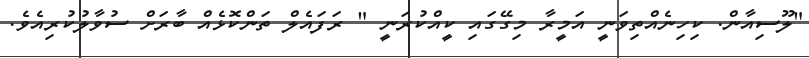
"ލޫސިއާން. ކިހިނެއްތިވަނީ އަމީރާ މިގޭގައި ކީއްކުރަނީ " ރަފައެލް ތަންކޮޅެއް ބާރަށް ސުވާލުކުރިއެވެ.